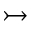
\rightarrowtail